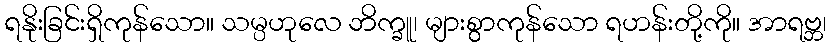
ရနိုးခြင်းရှိကုန်သော။ သမ္ပဟုလေ ဘိက္ခူ၊ များစွာကုန်သော ရဟန်းတို့ကို။ အာရဗ္ဘ၊